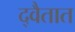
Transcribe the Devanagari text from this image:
द्वैतात